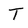
Character: T